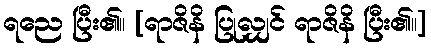
ရညေ ပြီး၏။ [ရာဇိနိ ပြုလျှင် ရာဇိနိ ပြီး၏။]